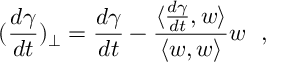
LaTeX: ( \frac { d \gamma } { d t } ) _ { \perp } = \frac { d \gamma } { d t } - \frac { \langle \frac { d \gamma } { d t } , w \rangle } { \langle w , w \rangle } w \ \ ,